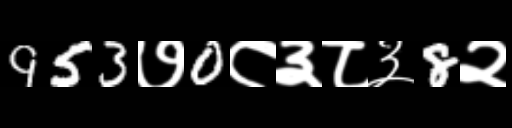
Text: 953७0८३८३8२